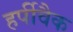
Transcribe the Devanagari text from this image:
हर्पीवैक